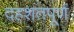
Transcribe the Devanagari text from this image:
दहशतपूर्ण